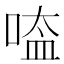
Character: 㗐